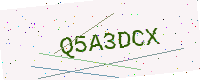
Text: Q5A3DCX